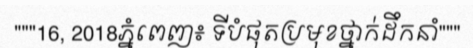
"""16, 2018ភ្នំពេញ៖ ទីបំផុតប្រមុខថ្នាក់ដឹកនាំ"""